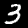
Label: 3